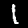
Digit: 1